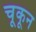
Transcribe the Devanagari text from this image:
चूकून